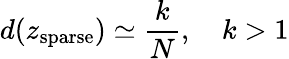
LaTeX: d(z_{\mathrm{sparse}})\simeq\frac{k}{N},\quad k>1